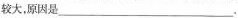
较大，原因是___.